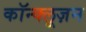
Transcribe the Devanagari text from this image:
कॉन्क्लूज़न